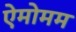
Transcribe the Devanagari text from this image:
ऐमोमम